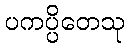
ပကပ္ပိတေသု